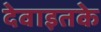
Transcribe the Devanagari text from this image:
देवाइतके